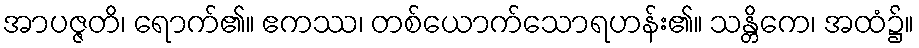
အာပဇ္ဇတိ၊ ရောက်၏။ ဧကဿ၊ တစ်ယောက်သောရဟန်း၏။ သန္တိကေ၊ အထံ၌။